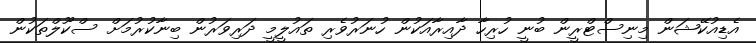
އެޑިއުކޭޝަން މިނިސްޓްރީން ބުނީ ހުރިހާ ދާއިރާއަކުން ހުނަރުވެރި ތައުލީމީ ދަރިވަރުން ބިނާކުރުމަށް ސްކޫލްތަކުން